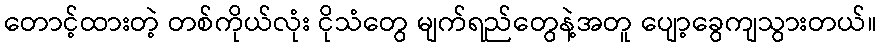
တောင့်ထားတဲ့ တစ်ကိုယ်လုံး ငိုသံတွေ မျက်ရည်တွေနဲ့အတူ ပျော့ခွေကျသွားတယ်။